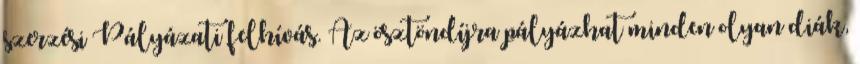
szerzési Pályázati felhívás. Az ösztöndíjra pályázhat minden olyan diák,